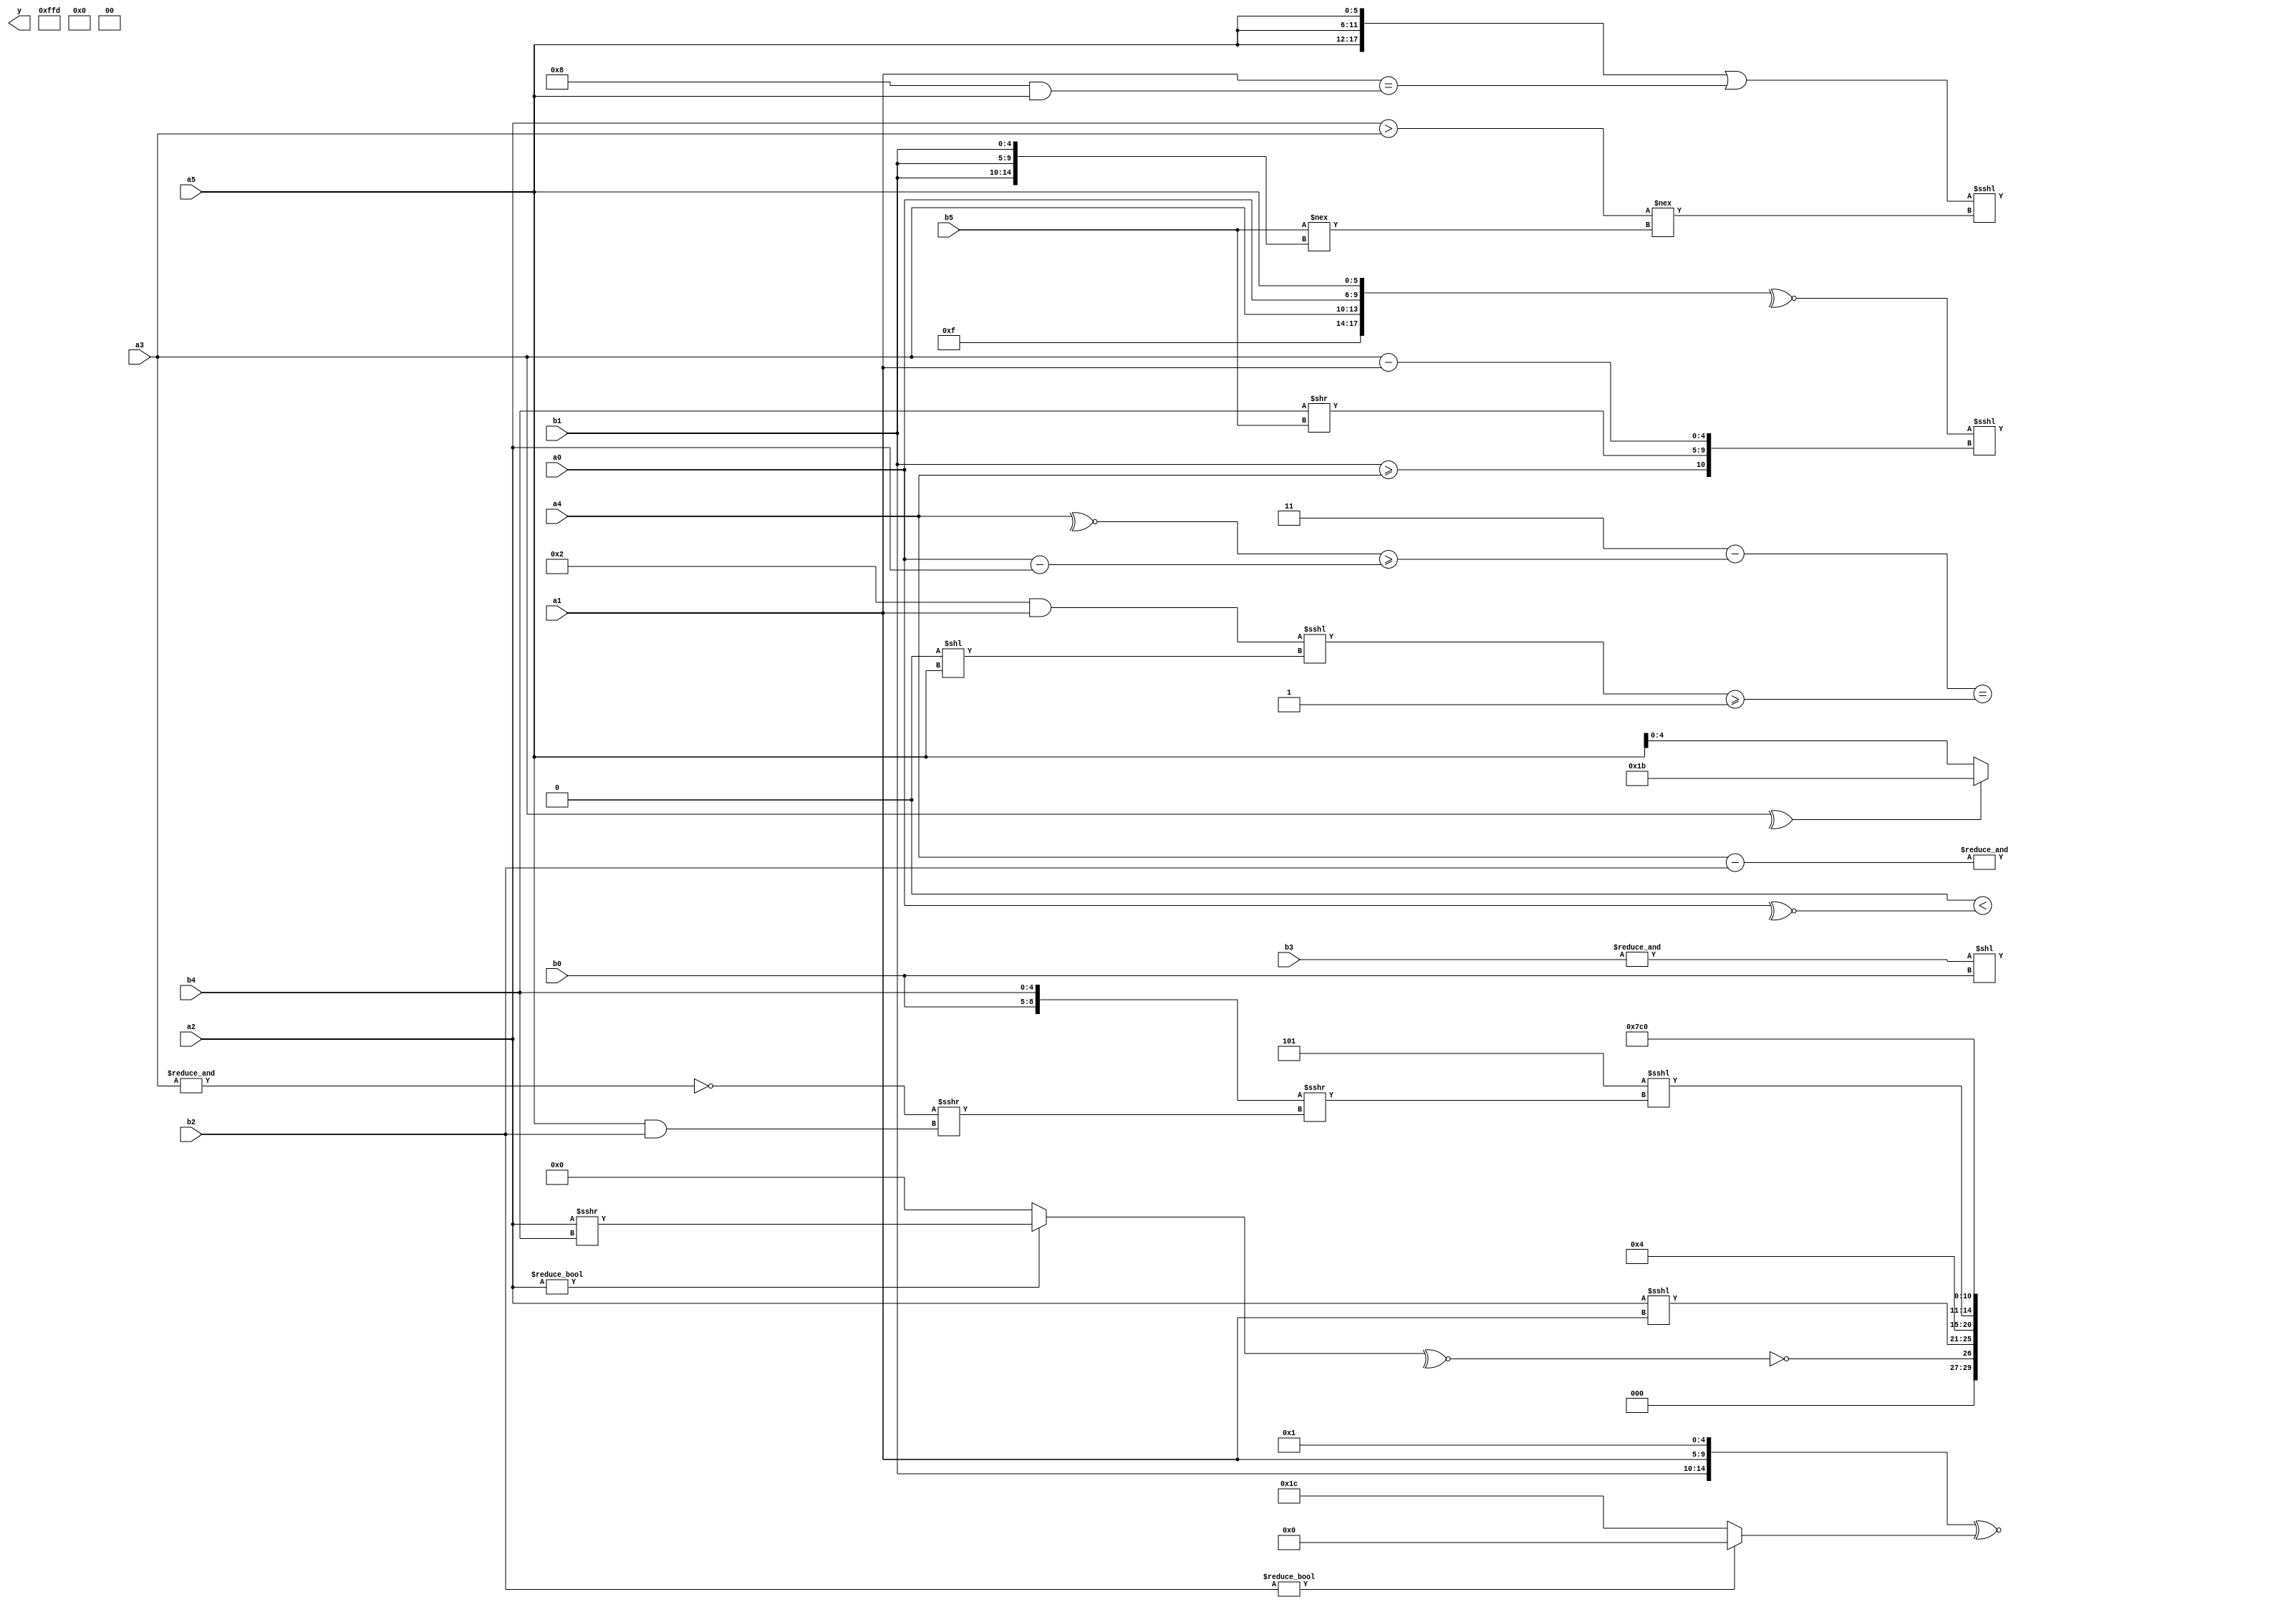
module expression_00976(a0, a1, a2, a3, a4, a5, b0, b1, b2, b3, b4, b5, y);
  input [3:0] a0;
  input [4:0] a1;
  input [5:0] a2;
  input signed [3:0] a3;
  input signed [4:0] a4;
  input signed [5:0] a5;

  input [3:0] b0;
  input [4:0] b1;
  input [5:0] b2;
  input signed [3:0] b3;
  input signed [4:0] b4;
  input signed [5:0] b5;

  wire [3:0] y0;
  wire [4:0] y1;
  wire [5:0] y2;
  wire signed [3:0] y3;
  wire signed [4:0] y4;
  wire signed [5:0] y5;
  wire [3:0] y6;
  wire [4:0] y7;
  wire [5:0] y8;
  wire signed [3:0] y9;
  wire signed [4:0] y10;
  wire signed [5:0] y11;
  wire [3:0] y12;
  wire [4:0] y13;
  wire [5:0] y14;
  wire signed [3:0] y15;
  wire signed [4:0] y16;
  wire signed [5:0] y17;

  output [89:0] y;
  assign y = {y0,y1,y2,y3,y4,y5,y6,y7,y8,y9,y10,y11,y12,y13,y14,y15,y16,y17};

  localparam [3:0] p0 = (6'd2 * ((4'd1)-(4'd5)));
  localparam [4:0] p1 = ((-2'sd0)?{((-4'sd0)?(-4'sd4):(3'd2))}:{{(&(5'd5))}});
  localparam [5:0] p2 = {1{(^((-{4{(3'd3)}})^{1{(^((3'd1)^~(-2'sd1)))}}))}};
  localparam signed [3:0] p3 = {(2'sd1),(-2'sd0)};
  localparam signed [4:0] p4 = (~&((&(((4'd8)===(5'd16))%(3'd7)))==(^(|(~&((-3'sd1)<=(2'd1)))))));
  localparam signed [5:0] p5 = (((2'd1)>=(-5'sd0))>={2{(2'd2)}});
  localparam [3:0] p6 = ((-4'sd0)?(3'd3):(-2'sd0));
  localparam [4:0] p7 = (((^(-4'sd2))?{(2'd0),(2'd0),(-5'sd7)}:{(3'd1),(2'd0)})!==(5'd19));
  localparam [5:0] p8 = (2'sd1);
  localparam signed [3:0] p9 = ((+(&(!(~|(4'sd2)))))!=(~&(!((3'd3)?(-4'sd1):(5'd1)))));
  localparam signed [4:0] p10 = {2{{(5'd4),(-5'sd15)}}};
  localparam signed [5:0] p11 = {((((4'sd2)&(-2'sd0))&((5'd15)^~(-5'sd1)))===(((5'd5)!=(3'sd3))|((-3'sd2)&&(5'd8))))};
  localparam [3:0] p12 = (((5'd22)<(2'd0))<{3{(5'd18)}});
  localparam [4:0] p13 = (((|(-(-5'sd10)))&((5'sd0)>(-4'sd2)))<<(((-2'sd0)||(3'sd3))<((5'd27)^(5'd21))));
  localparam [5:0] p14 = (~^({2{{4{(3'd2)}}}}>=(|{1{(~|{3{(5'd10)}})}})));
  localparam signed [3:0] p15 = (^(5'd8));
  localparam signed [4:0] p16 = {(((|(2'd0))?(^(-4'sd6)):((5'sd5)+(4'd8)))?(&{((4'd2)?(3'd0):(2'd0)),((3'd3)===(3'd7))}):({(3'sd1),(-2'sd1)}?((4'd7)<(-4'sd6)):((2'sd1)?(2'd0):(-4'sd1))))};
  localparam signed [5:0] p17 = (5'd28);

  assign y0 = {1{({b1,a1,p4}^~(b2?p2:p17))}};
  assign y1 = {{((^(&b3))<<(b0>>>p14)),((p1!=p2)<(&(~^a0))),(&({a4}-{b2}))}};
  assign y2 = {3{$signed((&p6))}};
  assign y3 = (&(~(&(^((2'd2)+(-5'sd13))))));
  assign y4 = (((~&p14)?{b4,p13,b2}:(3'sd3))?((^a3)?(-4'sd5):{p10,a1,a5}):(-4'sd7));
  assign y5 = $unsigned((((-2'sd1)-((~^a4)>=(a0-a2)))==(((p13&&a1)<<<(p1<<a5))>=(5'd1))));
  assign y6 = {(p13&&p13),{p12,p15}};
  assign y7 = (-(~^(~&((-3'sd0)>=(((p15!=p7)&(a0==p6)))))));
  assign y8 = $signed({1{$unsigned((-5'sd3))}});
  assign y9 = ((~^{(~p9),{a3,a0},{a5}})<<<{(b1>=a4),(b4>>b5),(a3-a1)});
  assign y10 = (({1{{3{a5}}}}||((a1>>>p5)==(p0&a5)))<<<((^((a2>a3)))!==($unsigned(b5)!=={3{b1}})));
  assign y11 = ((|((+p7)|(p15%p16)))!=((a4<<<p5)>(p12/p14)));
  assign y12 = ((!(~^((p10?a2:b2)?(a2>>>b4):(~|p17)))));
  assign y13 = {{p7,p11},$signed(p11),(a2<<<a1)};
  assign y14 = (5'd2 * (4'd2));
  assign y15 = ((-3'sd3)<<<({p2,b0,b4}>>>((~&a3)>>>(a5&&b2))));
  assign y16 = (~{4{p14}});
  assign y17 = ((4'd2 * p1)?(+(-p16)):$unsigned((p6/p15)));
endmodule